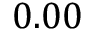
0 . 0 0